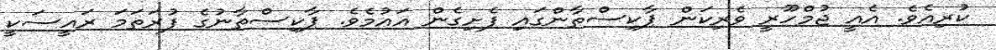
ކުރިއެވެ. އެއީ ޖުމްހޫރީ ވެރިކަން ޕާކިސްތާންގައި ފެށިގެން އައުމެވެ. ޕާކިސްތާނުގެ ފުރަތަމަ ރައީސަކީ